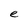
Character: e